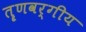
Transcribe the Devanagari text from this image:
तॄणवर्गीय